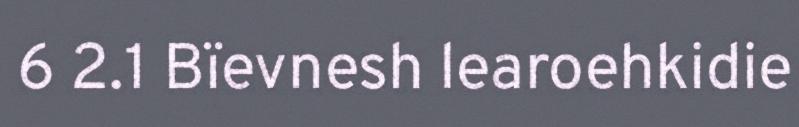
6 2.1 Bïevnesh learoehkidie